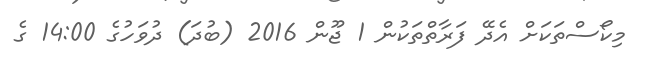
މިކޯސްތަކަށް އެދޭ ފަރާތްތަކުން 1 ޖޫން 2016 (ބުދަ) ދުވަހުގެ 14:00 ގެ